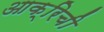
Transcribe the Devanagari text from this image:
आक्रिची